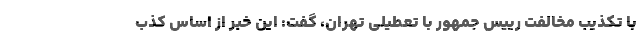
با تکذیب مخالفت رییس جمهور با تعطیلی تهران، گفت: این خبر از اساس کذب